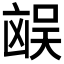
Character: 𪞻